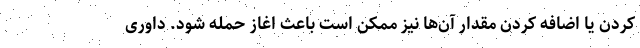
کردن یا اضافه کردن مقدار آن‌ها نیز ممکن است باعث اغاز حمله شود. داوری